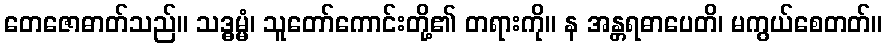
တေဇောဓာတ်သည်။ သဒ္ဓမ္မံ၊ သူတော်ကောင်းတို့၏ တရားကို။ န အန္တရဓာပေတိ၊ မကွယ်စေတတ်။